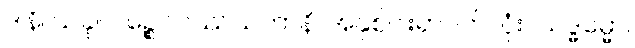
ဒါနိ၊ ယခု။ ပဉ္စေဝဝဿသတာနိ၊ အနှစ်ငါးရာပတ်လုံး။ သဒ္ဓမ္မော၊